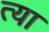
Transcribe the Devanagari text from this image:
त्या